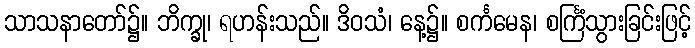
သာသနာတော်၌။ ဘိက္ခု၊ ရဟန်းသည်။ ဒိဝသံ၊ နေ့၌။ စင်္ကမေန၊ စင်္ကြံသွားခြင်းဖြင့်